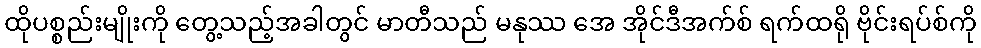
ထိုပစ္စည်းမျိုးကို တွေ့သည့်အခါတွင် မာတီသည် မနုဿ အေ အိုင်ဒီအက်စ် ရက်ထရို ဗိုင်းရပ်စ်ကို